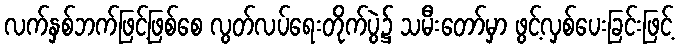
လက်နှစ်ဘက်ဖြင့်ဖြစ်စေ လွတ်လပ်ရေးတိုက်ပွဲ၌ သမီးတော်မှာ ဖွင့်လှစ်ပေးခြင်းဖြင့်